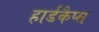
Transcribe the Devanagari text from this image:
हार्डकैप्स